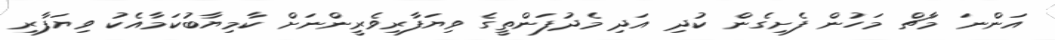
އަންނަ މާޗް މަހުން ފެށިގެން ކުދި އަދި މެދުފަންތީގެ ވިޔަފާރިވެރީންނަށް ކާމިޔާބުކަމާއެކު ވިޔަފާރި